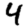
Digit: 4